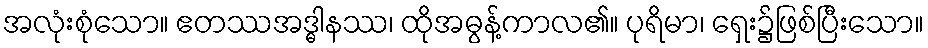
အလုံးစုံသော။ ဧတဿအဒ္ဓါနဿ၊ ထိုအဓွန့်ကာလ၏။ ပုရိမာ၊ ရှေး၌ဖြစ်ပြီးသော။